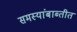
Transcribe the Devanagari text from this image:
समस्यांबाब्तीत